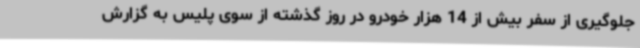
جلوگیری از سفر بیش‌ از 14 هزار خودرو در روز گذشته از سوی پلیس به گزارش